Senior Leaving Certificate Examination (including Day School Certificate (Higher) General paper), 1950
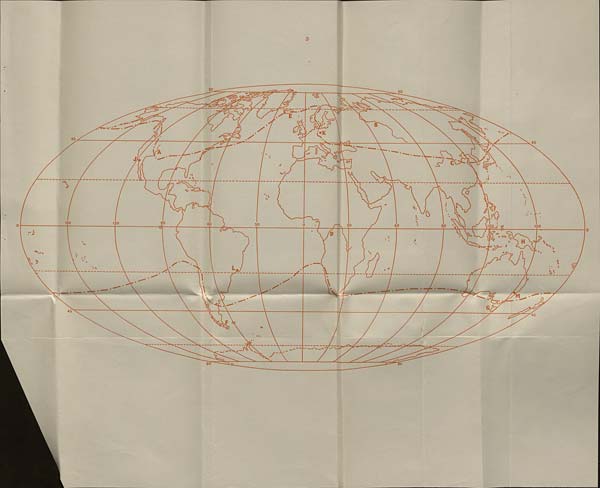
3
80
80
0
45
T
45
Cy'
A
y
C3
<S3
Q
0
fQ>
150
90
120
60
30
30
60
90
120
150
•=51
a>
oe3
Z'
V t
S'
*• ^
7^
M
\
45
45
kL
80
80